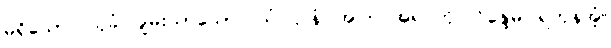
မရှိသော။ သုခံ၊ ချမ်းသာသော။ ယံ ဌာနံ၊ အကြင်အရပ်ကို။ ဝိန္ဒေမ၊ ရကုန်အံ့။